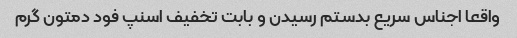
واقعا اجناس سریع بدستم رسیدن و بابت تخفیف اسنپ فود دمتون گرم